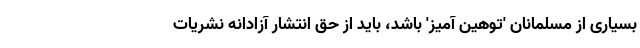
بسیاری از مسلمانان 'توهین آمیز' باشد، باید از حق انتشار آزادانه نشریات